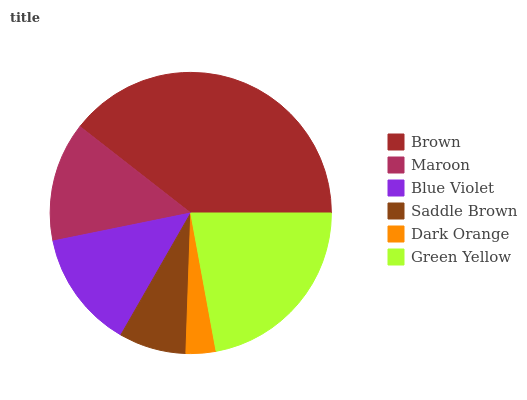
| Brown | Maroon | Blue Violet | Saddle Brown | Dark Orange | Green Yellow |
 | --- | --- | --- | --- | --- | --- |
 | 39.5% | 13.7% | 13.5% | 7.73% | 3.44% | 22.1% |